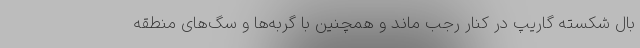
بال شکسته گاریپ در کنار رجب ماند و همچنین با گربه‌ها و سگ‌های منطقه